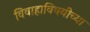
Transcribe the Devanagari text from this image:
विवाहाविषयीच्या